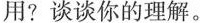
用?谈谈你的理解。